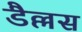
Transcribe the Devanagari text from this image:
डैल्लस